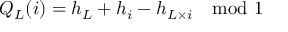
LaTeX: Q _ { L } ( i ) = h _ { L } + h _ { i } - h _ { L \times i } \quad \mathrm { m o d } \ 1